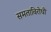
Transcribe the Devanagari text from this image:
समताविरोधी